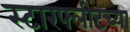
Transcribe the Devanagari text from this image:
स्टारफ्लीटच्या